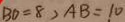
B D = 8 , A B = 1 0